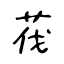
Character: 茷